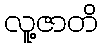
လူ့ဇာတိ